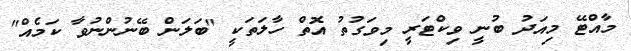
މާއްޓޭ މިއަދު ބުނީ ވިކްޓަރީ މިވަގުތު އޮތް ހާލަތަކީ "ބަލަން ބޭނުންނުވާ ކަމެއް"